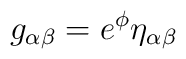
g_{\alpha \beta }=e^{\phi }\eta _{\alpha \beta }